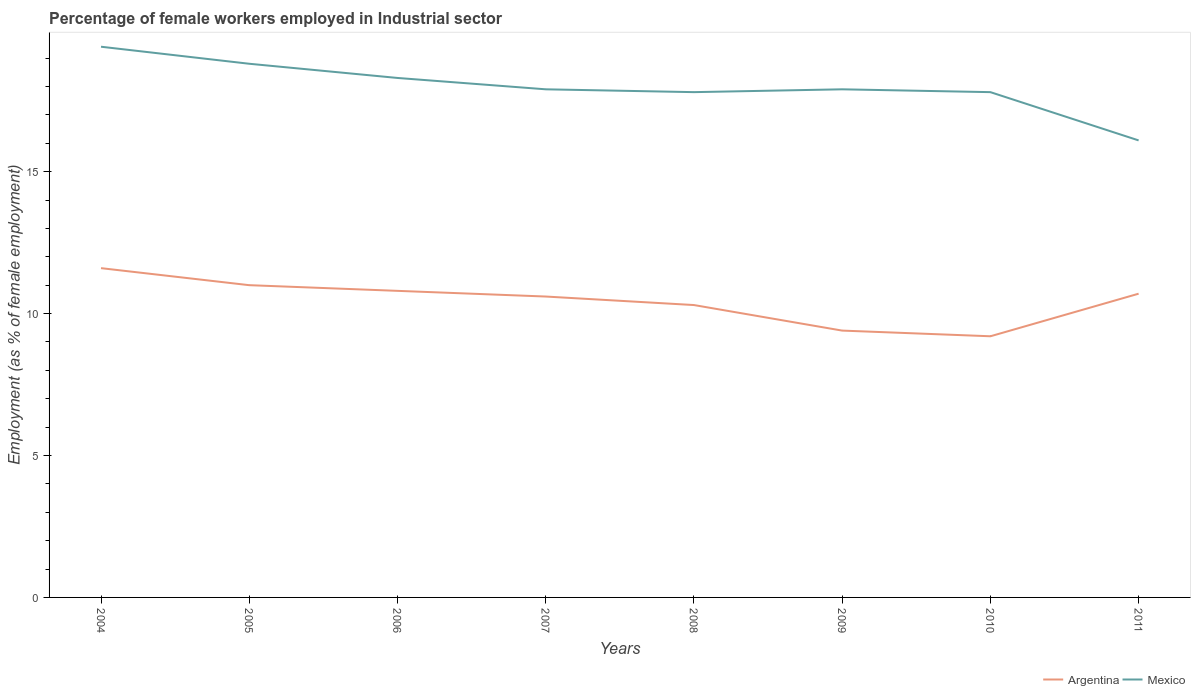
| Years | Argentina | Mexico |
 | --- | --- | --- |
 | 2004 | 11.6 | 19.4 |
 | 2005 | 11 | 18.8 |
 | 2006 | 10.8 | 18.3 |
 | 2007 | 10.6 | 17.9 |
 | 2008 | 10.3 | 17.8 |
 | 2009 | 9.4 | 17.9 |
 | 2010 | 9.2 | 17.8 |
 | 2011 | 10.7 | 16.1 |